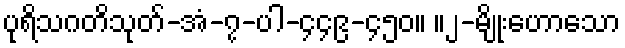
ပုရိသဂတိသုတ်-အံ-၇-ပါ-၄၄၉-၄၅၀။ ။၂-မျိုးဟောသော